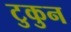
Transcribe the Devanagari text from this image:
टुकुन